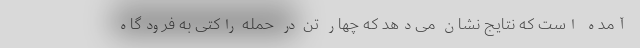
آمده است که نتایج نشان می‌دهد که چهار تَن در حمله راکتی به فرودگاه